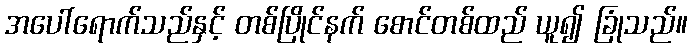
အပေါ်ရောက်သည်နှင့် တစ်ပြိုင်နက် စောင်တစ်ထည် ယူ၍ ခြုံသည်။